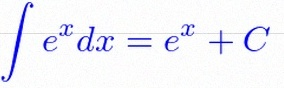
\int e^x dx=e^x+C